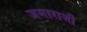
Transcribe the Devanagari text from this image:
जमाराशी